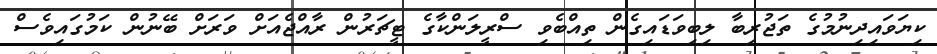
ކިޔަވައިދިނުމުގެ ތަޖުރިބާ ލިބިވަޑައިގެން ތިއްބެވި ސްރީލަންކާގެ ޓީޗަރުން ރާއްޖެއަށް ވަރަށް ބޭނުން ކަމުގައިވެސް